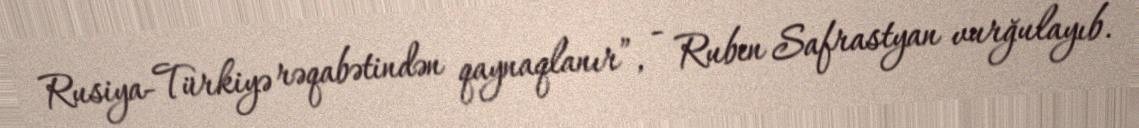
Rusiya-Türkiyə rəqabətindən qaynaqlanır”, - Ruben Safrastyan vurğulayıb.